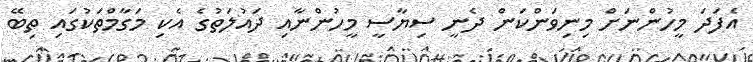
އެފަދަ މީހުންނަށް މިނިވަންކަން ދެނީ ސިޔާސީ މީހުންނާއި ދައުލަތުގެ އެކި މަގާމްތަކުގައި ތިބޭ